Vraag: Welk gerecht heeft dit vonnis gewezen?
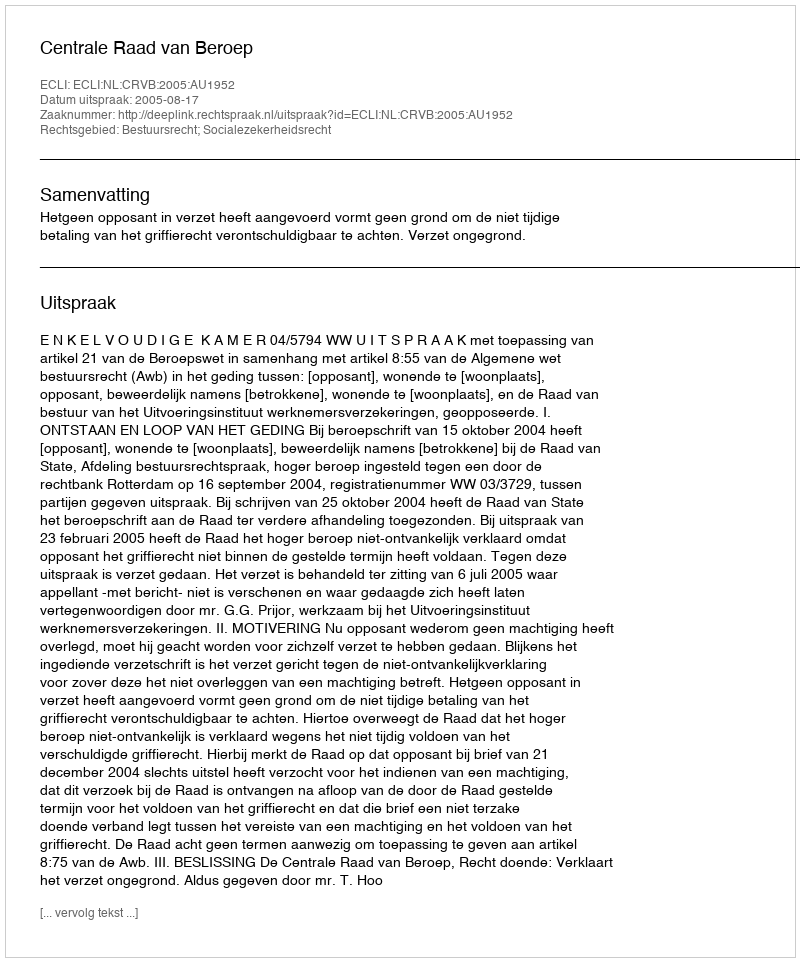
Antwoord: Centrale Raad van Beroep